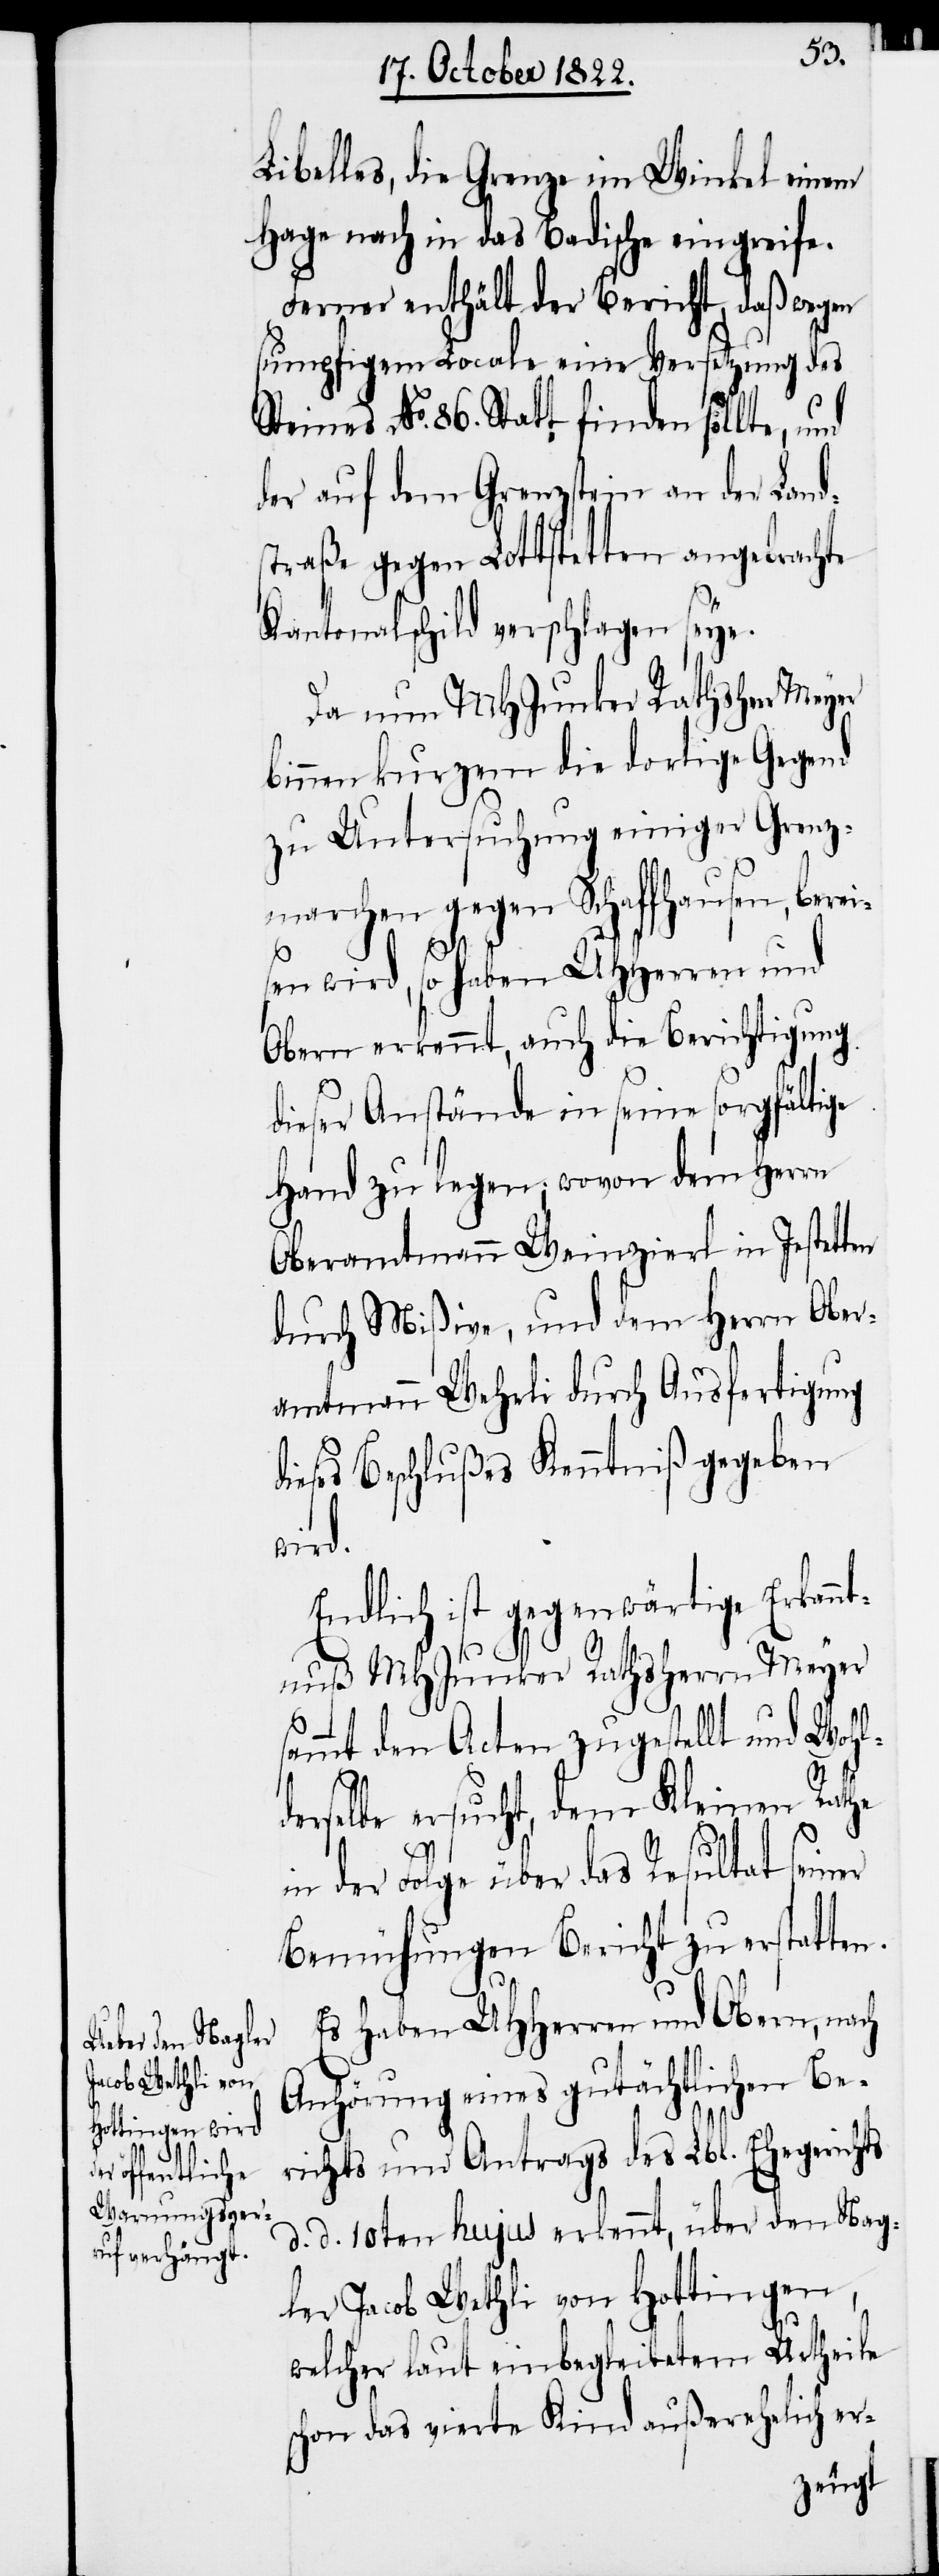
Libelles, die Grenze im Winkel einen
Hage nach in das Badische eingreife.
Ferner enthält der Bericht, daß wegen
sumpfigem Locale eine Versetzung des
Steines No. 86. Statt finden sollte,
der auf dem Grenzstein an der Land¬
straße gegen Lottstetten angebrachte
Kantonalschild verschlagen seye.
Da nun MHJunker Rathsherr Meyer
binnen kurzem die dortige Gegend
zu Untersuchung einiger Grenz¬
marchen gegen Schaffhausen, berei¬
sen wird, so haben UHHerren und
Obern erkennt, auch die Berichtigung
dieser Anstände in seine sorgfältige
Hand zu legen; wovon dem Herrn
Oberamtmann Weinzierl in Jestetten
durch Mißive, und dem Herrn Ober¬
amtmann Wehrli durch Ausfertigung
ieses Beschlußes Kenntniß gegeben
wird.
Endlich ist gegenwärtige Erkann¬
tnuß MHJunker Rathsherrn Meyer
sammt den Acten zugestellt und Wohl¬
derselbe ersucht, dem Kleinen Rathe
in der Folge über das Resultat seiner
Bemühungen Bericht zu erstatten.
Es haben UHHerren und Obern, nach
Anhörung eines gutächtlichen Be¬
richts und Antrags des Lbl. Ehegerichts
d. d. 10ten hujus erkennt, über den Nag¬
ler Jacob Wethli von Hottingen,
welcher laut einbegleitetem Urtheile
schon das vierte Kind außerehelich er-

d¬